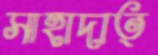
সাহাদাত্